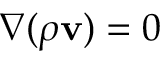
\nabla ( \rho \mathbf { v } ) = 0